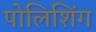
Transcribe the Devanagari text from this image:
पोलिशिंग